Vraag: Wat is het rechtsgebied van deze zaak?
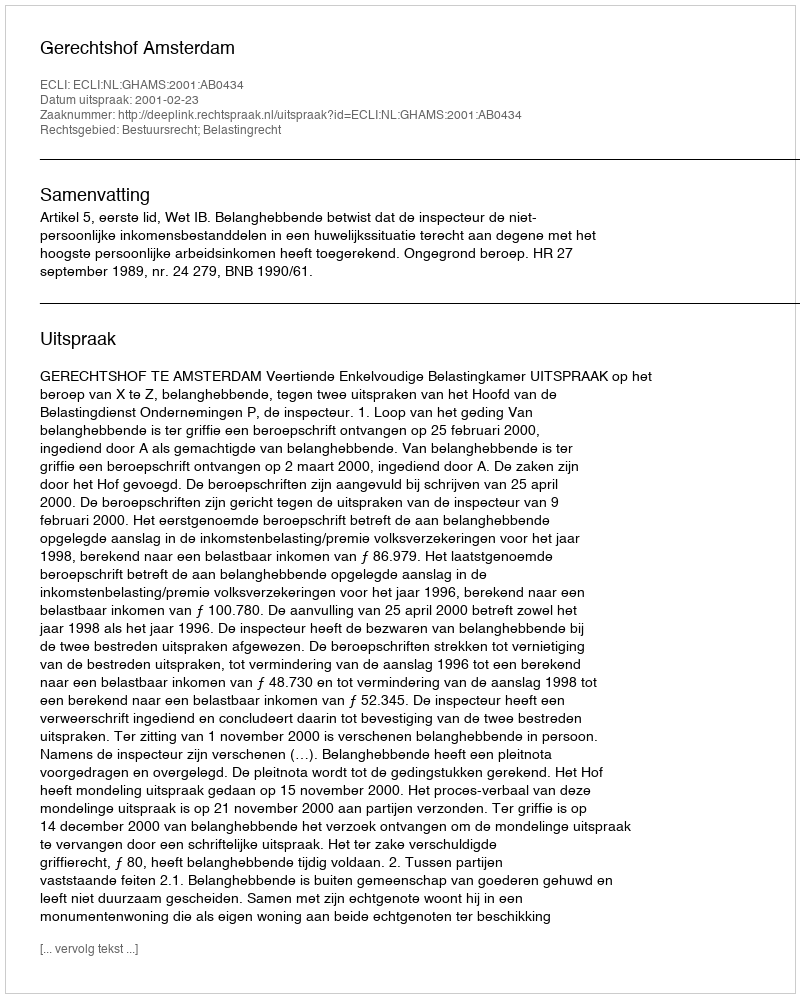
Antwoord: Bestuursrecht; Belastingrecht